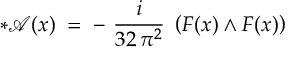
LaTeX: * { \mathcal A } ( x ) \; = \; - ~ \frac { i } { 3 2 \, \pi ^ { 2 } } ~ \left( F ( x ) \wedge F ( x ) \right)